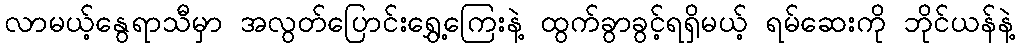
လာမယ့်နွေရာသီမှာ အလွတ်ပြောင်းရွှေ့ကြေးနဲ့ ထွက်ခွာခွင့်ရရှိမယ့် ရမ်ဆေးကို ဘိုင်ယန်နဲ့